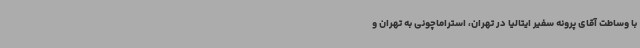
با وساطت آقای پرونه سفیر ایتالیا در تهران، استراماچونی به تهران و